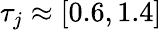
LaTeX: \tau_{j}\approx[0.6,1.4]